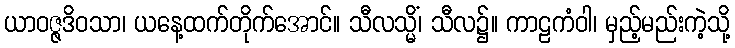
ယာဝဇ္ဇဒိဝသာ၊ ယနေ့ထက်တိုက်အောင်။ သီလသ္မိံ၊ သီလ၌။ ကာဠကံဝါ၊ မှည့်မည်းကဲ့သို့